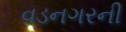
વડનગરની